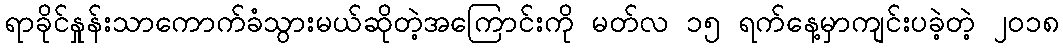
ရာခိုင်နှုန်းသာကောက်ခံသွားမယ်ဆိုတဲ့အကြောင်းကို မတ်လ ၁၅ ရက်နေ့မှာကျင်းပခဲ့တဲ့ ၂၀၁၈